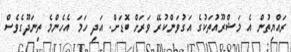
ރައްޔިތުން އެ މަޝްރޫއުތަކުގެ އަގުވަންކުރޭ ވަރަށް ބޮޑަށް. އަދި ހަމަ އެހެންމެ ތިނަދޫގެވެސް